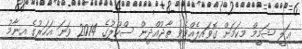
ޢަލީ ޝަމީމް މިކަމަށް ގޮވައިލެއްވެވީ ތާޖުއްދީން ސްކޫލުގެ 2014 ވަނަ އަަހަރުގެ އިނާމު